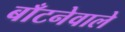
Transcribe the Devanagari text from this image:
बाँटनेवाले